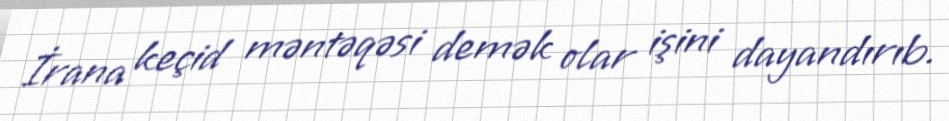
İrana keçid məntəqəsi demək olar işini dayandırıb.